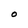
Character: O